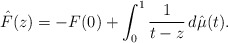
\begin{align*}\hat F(z) = -F(0) + \int_0^1 \frac1{t-z}\,d\hat\mu(t).\end{align*}